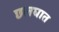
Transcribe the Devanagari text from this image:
छलघात